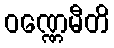
ဝဏ္ဏေမီတိ